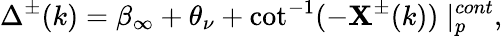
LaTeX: \Delta^{\pm}(k)=\beta_{\infty}+\theta_{\nu}+\cot^{-1}(-\mathbf{X}^{\pm}(k))\mid_{p}^{cont},